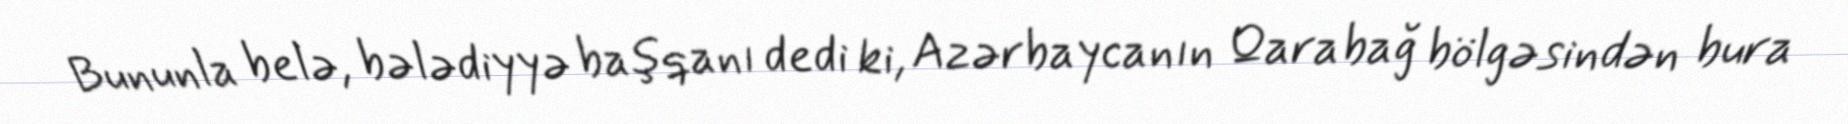
Bununla belə, bələdiyyə başqanı dedi ki, Azərbaycanın Qarabağ bölgəsindən bura